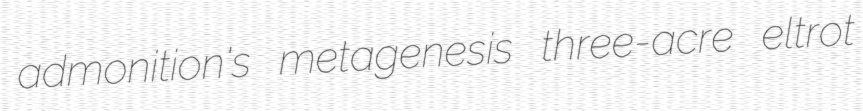
admonition's metagenesis three-acre eltrot